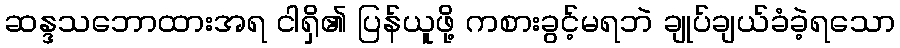
ဆန္ဒသဘောထားအရ ငါရှိ၏ ပြန်ယူဖို့ ကစားခွင့်မရဘဲ ချုပ်ချယ်ခံခဲ့ရသော